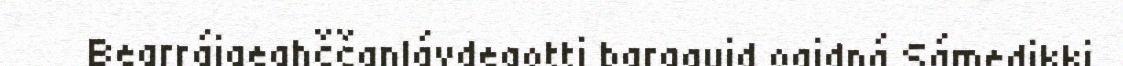
Bearráigeahččanlávdegotti bargguid oaidná Sámedikki